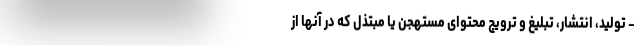
- تولید، انتشار، تبلیغ و ترویج محتوای مستهجن یا مبتذل که در آنها از